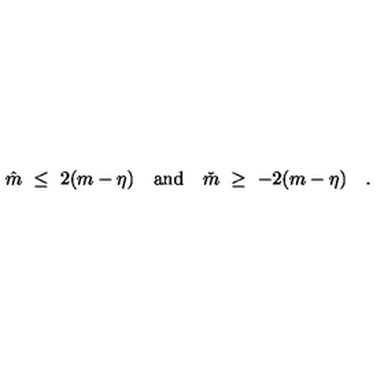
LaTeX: \hat { m } \ \leq \ 2 ( m - \eta ) \quad \mathrm { a n d } \quad \check { m } \ \geq \ - 2 ( m - \eta ) \quad .